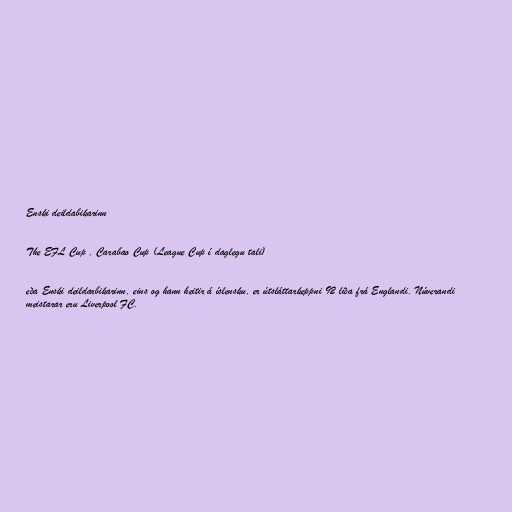
Enski deildabikarinn

The EFL Cup , Carabao Cup (League Cup í daglegu tali)

eða Enski deildarbikarinn, eins og hann heitir á íslensku, er útsláttarkeppni 92 liða frá Englandi. Núverandi
meistarar eru Liverpool FC.